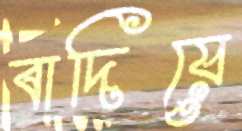
বাদিয়ে